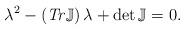
LaTeX: \begin{align*}\lambda^{2}-\left( \mathit{Tr}\mathbb{J}\right) \lambda+\det\mathbb{J}=0.\end{align*}